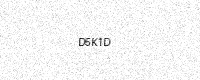
Text: D5K1D